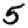
Digit: 5